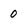
Character: 0